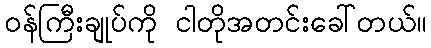
၀န်ကြီးချုပ်ကို ငါတိုအတင်းခေါ်တယ်။